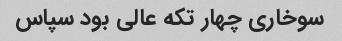
سوخاری چهار تکه عالی بود سپاس